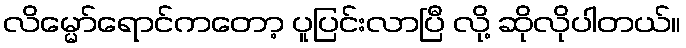
လိမ္မော်ရောင်ကတော့ ပူပြင်းလာပြီ လို့ ဆိုလိုပါတယ်။